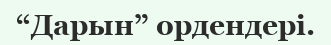
“Дарын” ордендері.